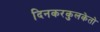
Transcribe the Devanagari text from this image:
दिनकरकुलकेतो